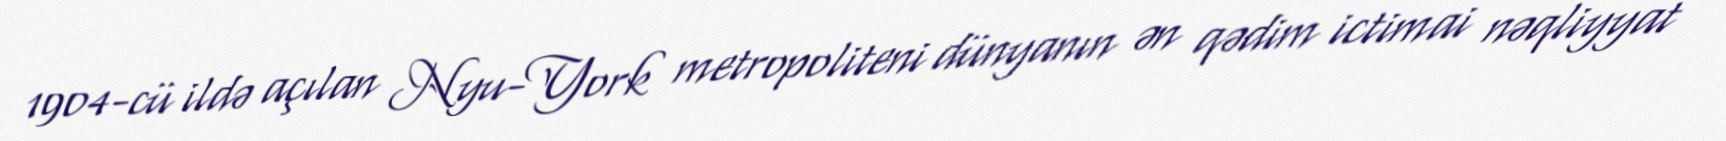
1904-cü ildə açılan Nyu-York metropoliteni dünyanın ən qədim ictimai nəqliyyat